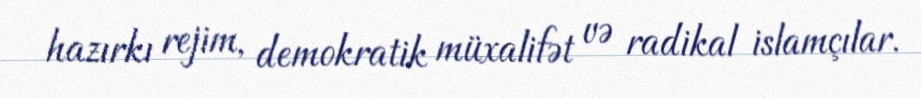
hazırkı rejim, demokratik müxalifət və radikal islamçılar.